Scientific memoirs by medical officers of the Army of India - Part VIII,
Year: 1894
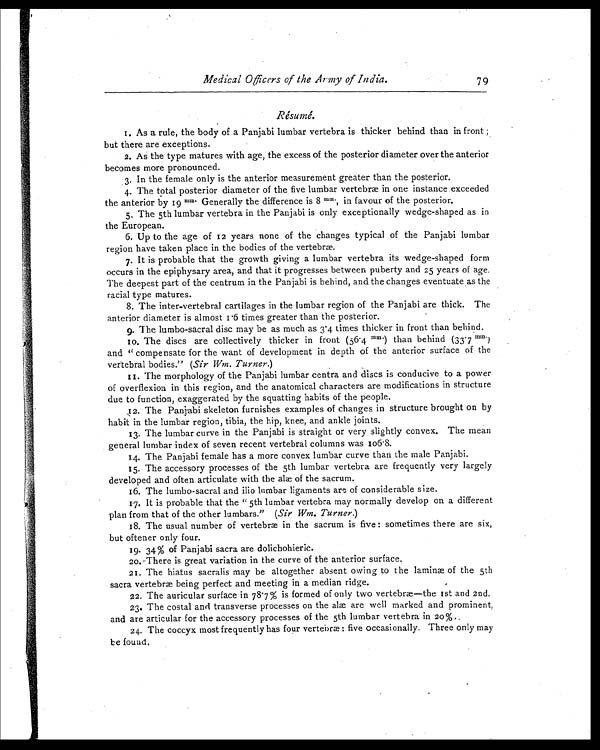
Medical Officers of the Army of India.
79
Résumé.
1. As a rule, the body of a Panjabi lumbar vertebra is thicker behind than in front ;
but there are exceptions.
2. As the type matures with age, the excess of the posterior diameter over the anterior
becomes more pronounced.
3. In the female only is the anterior measurement greater than the posterior.
4. The total posterior diameter of the five lumbar vertebræ in one instance exceeded
the anterior by 19 mm. Generally the difference is 8 mm. , in favour of the posterior.
5. The 5th lumbar vertebra in the Panjabi is only exceptionally wedge-shaped as in
the European.
6. Up to the age of 12 years none of the changes typical of the Panjabi lumbar
region have taken place in the bodies of the vertebræ.
7. It is probable that the growth giving a lumbar vertebra its wedge-shaped form
occurs in the epiphysary area, and that it progresses between puberty and 25 years of age.
The deepest part of the centrum in the Panjabi is behind, and the changes eventuate as the
racial type matures.
8. The inter-vertebral cartilages in the lumbar region of the Panjabi are thick. The
anterior diameter is almost 1.6 times greater than the posterior.
9. The lumbo-sacral disc may be as much as 3.4 times thicker in front than behind.
10. The discs are collectively thicker in front (56.4 mm.) than behind (33.7 mm. )
and " compensate for the want of development in depth of the anterior surface of the
vertebral bodies." ( Sir Wm. Turner. )
11. The morphology of the Panjabi lumbar centra and discs is conducive to a power
of overflexion in this region, and the anatomical characters are modifications in structure
due to function, exaggerated by the squatting habits of the people.
12. The Panjabi skeleton furnishes examples of changes in structure brought on by
habit in the lumbar region, tibia, the hip, knee, and ankle joints.
13. The lumbar curve in the Panjabi is straight or very slightly convex. The mean
general lumbar index of seven recent vertebral columns was
106.8.
14. The Panjabi female has a more convex lumbar curve than the male Panjabi.
15. The accessory processes of the 5th lumbar vertebra are frequently very largely
developed and often articulate with the alæ of the sacrum.
16. The lumbo-sacral and ilio lumbar ligaments are of considerable size.
17. It is probable that the "5th lumbar vertebra may normally develop on a different
plan from that of the other lumbars." ( Sir Wm. Turner. )
18. The usual number of vertebræ in the sacrum is five : sometimes there are six,
but oftener only four.
19. 34% of Panjabi sacra are dolichohieric.
20. There is great variation in the curve of the anterior surface.
21. The hiatus sacralis may be altogether absent owing to the laminæ of the 5th
sacra vertebræ being perfect and meeting in a median ridge.
22. The auricular surface in 78.7% is formed of only two vertebræ—the 1st and 2nd.
23. The costal and transverse processes on the alæ are well marked and prominent,
and are articular for the accessory processes of the 5th lumbar vertebra in 20 %.
24. The coccyx most frequently has four vertebræ : five occasionally. Three only may
be found.